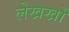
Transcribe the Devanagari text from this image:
लेखखों